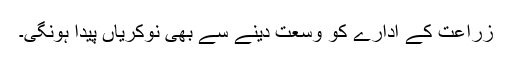
زراعت کے ادارے کو وسعت دینے سے بھی نوکریاں پیدا ہونگی۔